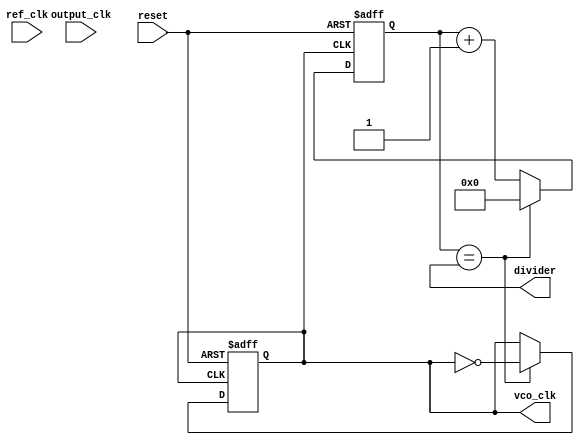
module MemoryBlocksPLL (
    input wire ref_clk,            // Reference clock input
    input wire output_clk,         // Output clock input
    input wire reset,              // Reset signal
    output reg vco_clk,            // Output clock from VCO
    output reg [7:0] divider       // Output divider ratio
);

// Parameters
parameter MEMORY_DEPTH = 8;      // Size of phase error memory
parameter COEFFICIENT = 2;       // Loop filter coefficient

// Internal signals
reg [MEMORY_DEPTH-1:0] phase_errors; // Phase error memory
reg [7:0] control_voltage;             // Control voltage for VCO
reg [7:0] vco_frequency;               // VCO frequency control
reg [7:0] output_divider_counter;      // Divider counter

// Phase Detector - Simple XOR for phase comparison
always @(posedge ref_clk or posedge reset) begin
    if (reset) begin
        phase_errors <= 0;
    end else begin
        // Phase error detection
        phase_errors <= {phase_errors[MEMORY_DEPTH-2:0], output_clk ^ ref_clk};
    end
end

// Loop Filter - Simple proportional filter
always @(posedge ref_clk or posedge reset) begin
    if (reset) begin
        control_voltage <= 0;
    end else begin
        // Calculate control voltage as an average of phase errors
        control_voltage <= (control_voltage + (phase_errors[0] * COEFFICIENT)) >> 1;
    end
end

// Voltage-Controlled Oscillator (VCO)
always @(posedge ref_clk or posedge reset) begin
    if (reset) begin
        vco_frequency <= 0;
    end else begin
        vco_frequency <= control_voltage; // Control frequency with voltage
    end
end

// Output Divider
always @(posedge vco_clk or posedge reset) begin
    if (reset) begin
        output_divider_counter <= 0;
        vco_clk <= 0; // Reset VCO clock
    end else begin
        if (output_divider_counter == divider) begin
            vco_clk <= ~vco_clk; // Toggle VCO clock
            output_divider_counter <= 0; // Reset count
        end else begin
            output_divider_counter <= output_divider_counter + 1; // Increment count
        end
    end
end

endmodule